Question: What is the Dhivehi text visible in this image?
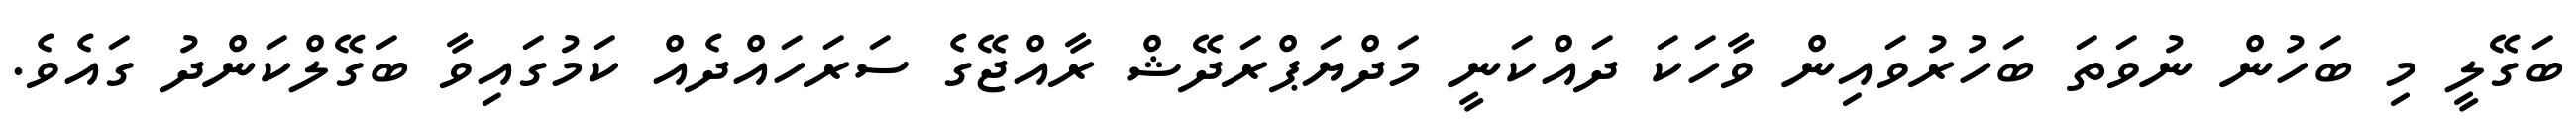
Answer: ބަގޭލީ މި ބަހުން ނުވަތަ ބަހުރުވައިން ވާހަކަ ދައްކަނީ މަދްޔަޕްރަދޭޝް ރާއްޖޭގެ ސަރަހައްދެއް ކަމުގައިވާ ބަގޭލްކަންދު ގައެވެ.